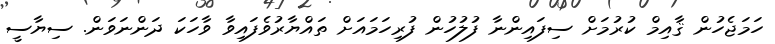
ހަމަޖެހުން ޤާއިމް ކުރުމަށް ސިފައިންނާ ފުލުހުން ފުރިހަމައަށް ތައްޔާރުވެފައިވާ ވާހަކަ ދަންނަވަން. ސިޔާސީ